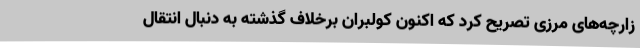
زارچه‌های مرزی تصریح کرد که اکنون کولبران برخلاف گذشته به دنبال انتقال